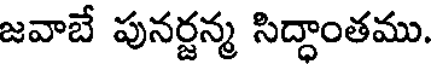
జవాబే పునర్జన్మ సిద్ధాంతము.